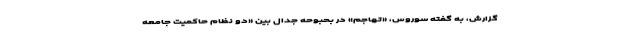
گزارش، به گفته سوروس، «تهاجم» در بحبوحه جدال بین «دو نظام حاکمیت جامعه